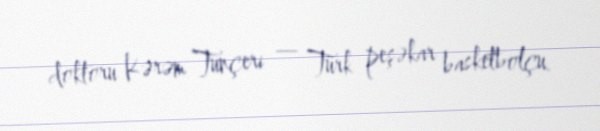
doktoru Kərəm Tunçeri — Türk peşəkar basketbolçu.